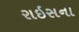
રાઇસના